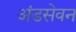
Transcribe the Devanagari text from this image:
अंडसेवन